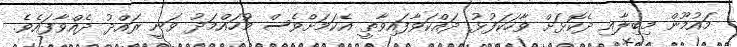
މައުމޫން މިބިލާއި ދެކޮޅަށް ވާހަކަފުޅު ދައްކަވާފައިވާތީ އެކަމަށްވެސް މުހައްމަދު ވަނީ ރައްދު ދެއްވާފައެވެ.